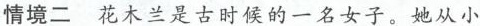
情境二花木兰是古时候的一名女子。她从小